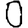
Digit: 0